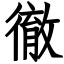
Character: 徹